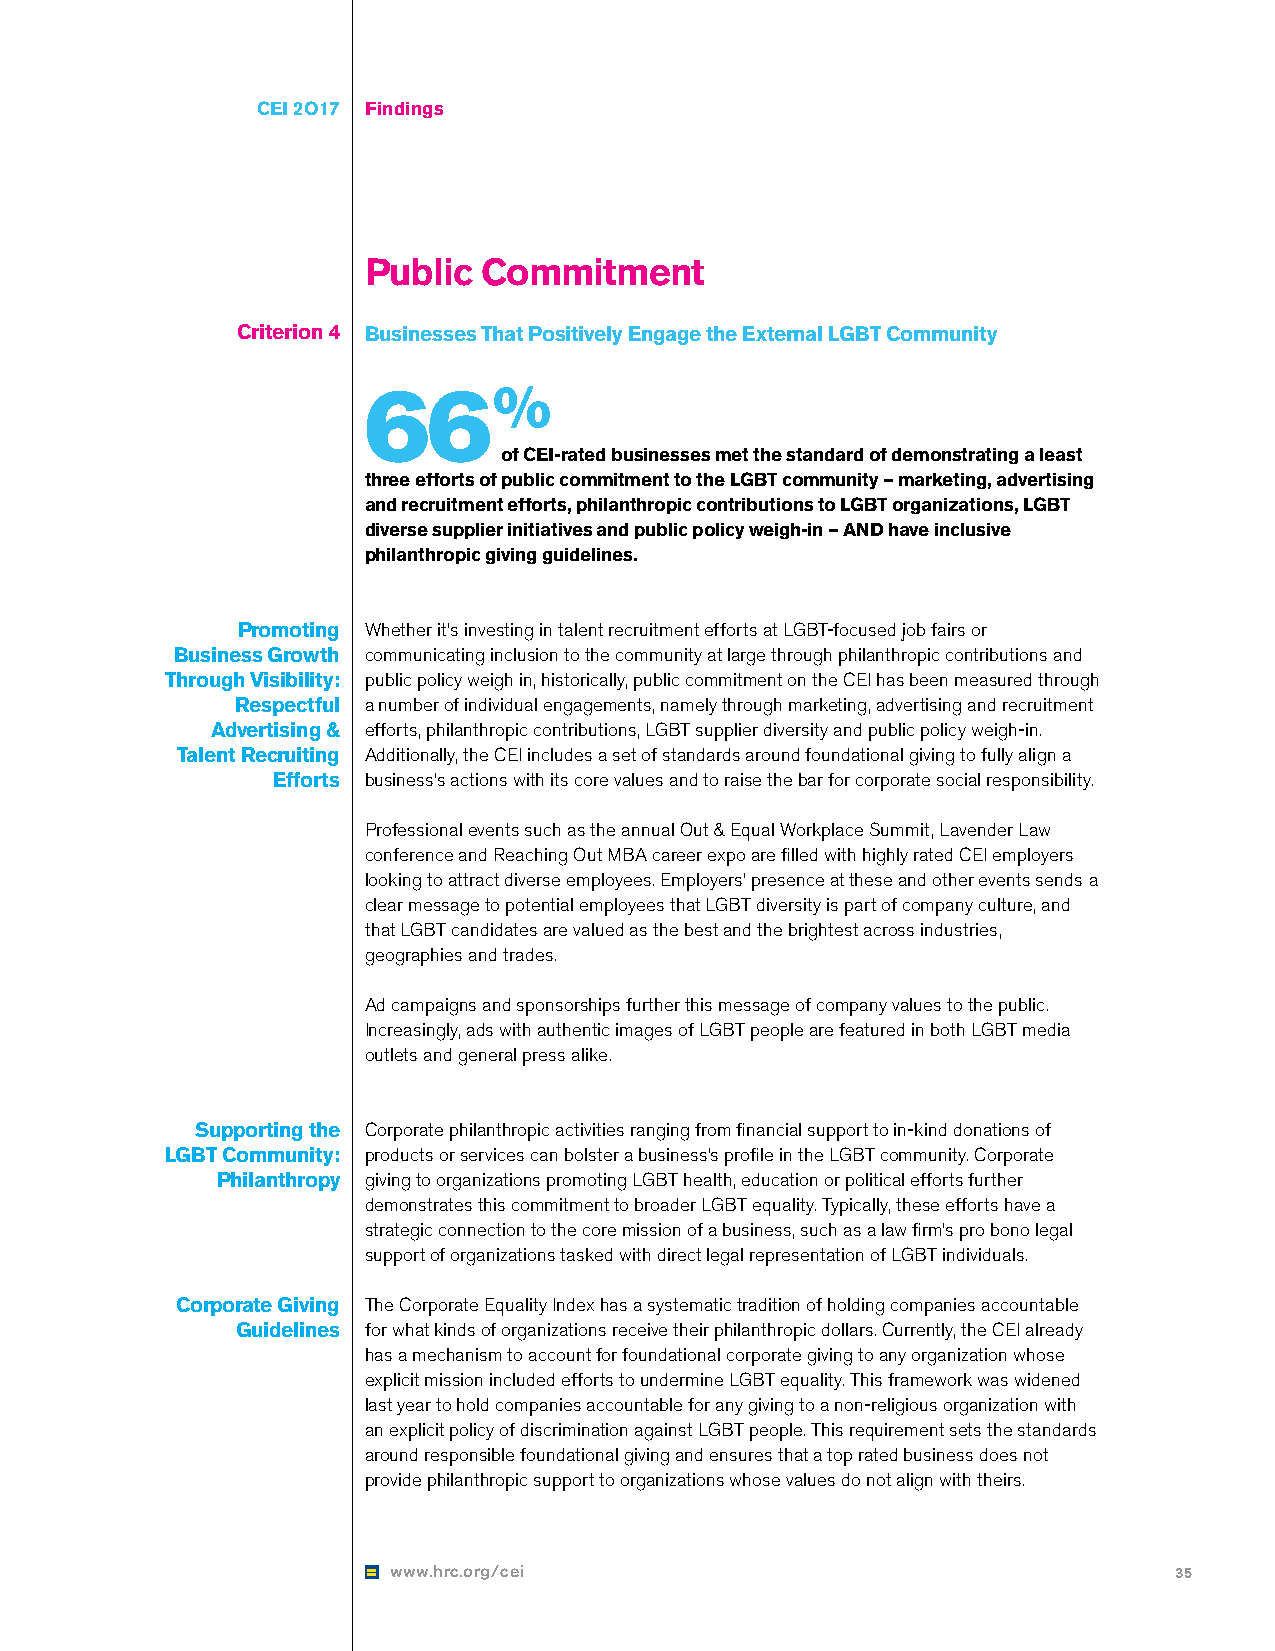
CEI 2O17 Findings
 Public  Commitment
 Criterion 4 Businesses That Positively Engage the External LGBT Community
 66%
 of CEI-rated businesses met the standard of demonstrating a least
 three efforts of public commitment to the LGBT community – marketing, advertising
 and recruitment efforts, philanthropic contributions to LGBT organizations, LGBT
 diverse supplier initiatives and public policy weigh-in – AND have inclusive
 philanthropic giving guidelines.
 Promoting Whether it’s investing in talent recruitment efforts at LGBT-focused job fairs or
 Business Growth communicating inclusion to the community at large through philanthropic contributions and
 Through Visibility: public policy weigh in, historically, public commitment on the CEI has been measured through
 Respectful a number of individual engagements, namely through marketing, advertising and recruitment
 Advertising & efforts, philanthropic contributions, LGBT supplier diversity and public policy weigh-in.
 Talent Recruiting Additionally, the CEI includes a set of standards around foundational giving to fully align a
 Efforts business’s actions with its core values and to raise the bar for corporate social responsibility.
 Professional events such as the annual Out & Equal Workplace Summit, Lavender Law
 conference and Reaching Out MBA career expo are filled with highly rated CEI employers
 looking to attract diverse employees. Employers’ presence at these and other events sends a
 clear message to potential employees that LGBT diversity is part of company culture, and
 that LGBT candidates are valued as the best and the brightest across industries,
 geographies and trades.
 Ad campaigns and sponsorships further this message of company values to the public.
 Increasingly, ads with authentic images of LGBT people are featured in both LGBT media
 outlets and general press alike.
 Supporting the Corporate philanthropic activities ranging from financial support to in-kind donations of
 LGBT Community: products or services can bolster a business’s profile in the LGBT community. Corporate
 Philanthropy giving to organizations promoting LGBT health, education or political efforts further
 demonstrates this commitment to broader LGBT equality. Typically, these efforts have a
 strategic connection to the core mission of a business, such as a law firm’s pro bono legal
 support of organizations tasked with direct legal representation of LGBT individuals.
 Corporate Giving The Corporate Equality Index has a systematic tradition of holding companies accountable
 Guidelines for what kinds of organizations receive their philanthropic dollars. Currently, the CEI already
 has a mechanism to account for foundational corporate giving to any organization whose
 explicit mission included efforts to undermine LGBT equality. This framework was widened
 last year to hold companies accountable for any giving to a non-religious organization with
 an explicit policy of discrimination against LGBT people. This requirement sets the standards
 around responsible foundational giving and ensures that a top rated business does not
 provide philanthropic support to organizations whose values do not align with theirs.
 www.hrc.org/cei                                     35